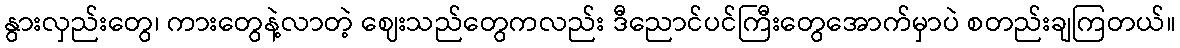
နွားလှည်းတွေ၊ ကားတွေနဲ့လာတဲ့ ဈေးသည်တွေကလည်း ဒီညောင်ပင်ကြီးတွေအောက်မှာပဲ စတည်းချကြတယ်။